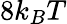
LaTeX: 8k_{B}T